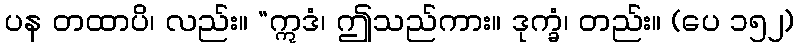
ပန တထာပိ၊ လည်း။ “ဣဒံ၊ ဤသည်ကား။ ဒုက္ခံ၊ တည်း။ (ပေ ၁၅၂)